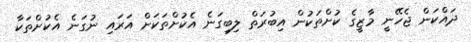
ދައްކަން ޖެހޭނީ މާޒީގެ ކުށްތަކުން އިބުރަތް ލިބިގަނެ އެކުށްތަކަށް އަރައި ނުގަނެ އެކުށްތަކާ